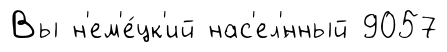
Вы н'ем'е́цк'ий нас'ел'́нный 9057